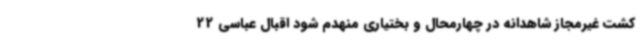
کشت غیرمجاز شاهدانه در چهارمحال و بختیاری منهدم شود اقبال عباسی 22